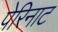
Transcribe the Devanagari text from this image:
पेरिनाट